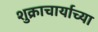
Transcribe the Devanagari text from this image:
शुक्राचार्याच्या